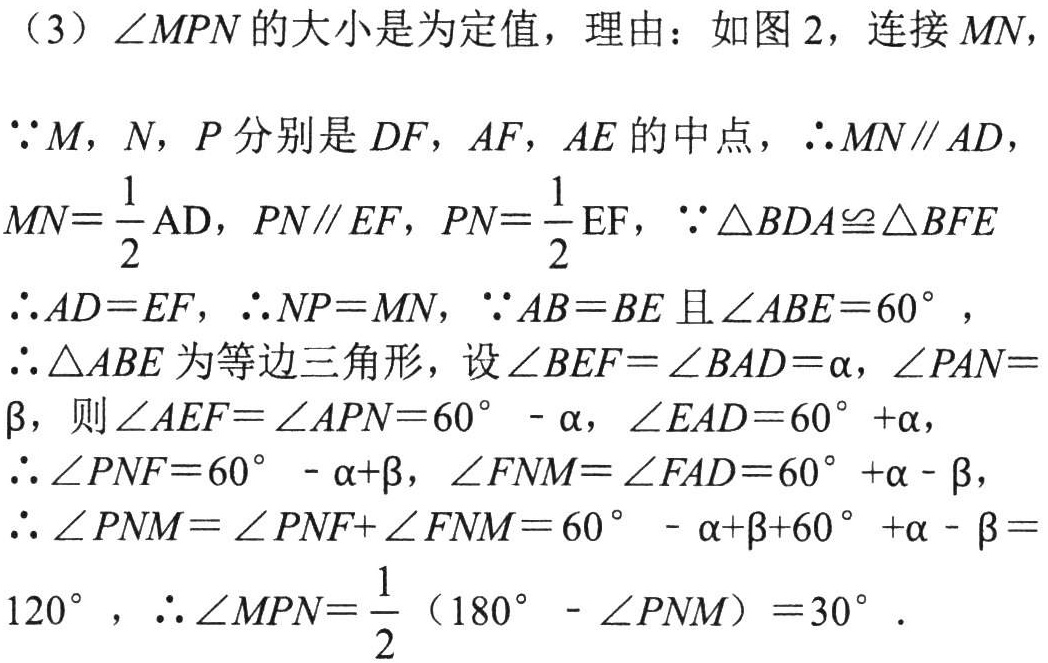
（3）\(\angle MPN\)的大小是为定值，理由：如图 2，连接 \(MN\)，

\(\because M\)，\(N\)，\(P\)分别是 \(DF\)，\(AF\)，\(AE\)的中点，\(\therefore MN\parallel AD\)，

\(MN = \dfrac{1}{2}\mathrm{AD}\)，\(PN\parallel EF\)，\(PN = \dfrac{1}{2}\mathrm{EF}\)，\(\because \triangle BDA\cong\triangle BFE\)

\(\therefore AD = EF\)，\(\therefore NP = MN\)，\(\because AB = BE\)且\(\angle ABE = 60^{\circ}\)，

\(\therefore \triangle ABE\)为等边三角形，设\(\angle BEF = \angle BAD=\alpha\)，\(\angle PAN = \beta\)，则\(\angle AEF = \angle APN = 60^{\circ}-\alpha\)，\(\angle EAD = 60^{\circ}+\alpha\)，

\(\therefore \angle PNF = 60^{\circ}-\alpha+\beta\)，\(\angle FNM = \angle FAD = 60^{\circ}+\alpha-\beta\)，

\(\therefore \angle PNM = \angle PNF+\angle FNM = 60^{\circ}-\alpha+\beta+60^{\circ}+\alpha-\beta = 120^{\circ}\)，\(\therefore \angle MPN=\dfrac{1}{2}(180^{\circ}-\angle PNM)=30^{\circ}\)．